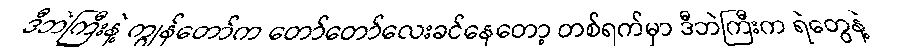
ဒီဘဲကြီးနဲ့ ကျွန်တော်က တော်တော်လေးခင်နေတော့ တစ်ရက်မှာ ဒီဘဲကြီးက ရဲတွေနဲ့